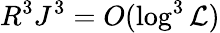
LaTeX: R^{3}J^{3}=O(\log^{3}\mathcal{L})